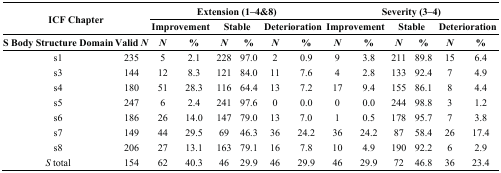
| <ROWSPAN=2-COLSPAN=2> ICF Chapter | <COLSPAN=6> Extension (1–4&8) | <COLSPAN=6> Severity (3–4) |
 | <COLSPAN=2> Improvement | <COLSPAN=2> Stable | <COLSPAN=2> Deterioration | <COLSPAN=2> Improvement | <COLSPAN=2> Stable | <COLSPAN=2> Deterioration |
 | S Body Structure Domain | Valid N | N | % | N | % | N | % | N | % | N | % | N | % |
 | --- | --- | --- | --- | --- | --- | --- | --- | --- | --- | --- | --- | --- | --- |
 | s1 | 235 | 5 | 2.1 | 228 | 97.0 | 2 | 0.9 | 9 | 3.8 | 211 | 89.8 | 15 | 6.4 |
 | s3 | 144 | 12 | 8.3 | 121 | 84.0 | 11 | 7.6 | 4 | 2.8 | 133 | 92.4 | 7 | 4.9 |
 | s4 | 180 | 51 | 28.3 | 116 | 64.4 | 13 | 7.2 | 17 | 9.4 | 155 | 86.1 | 8 | 4.4 |
 | s5 | 247 | 6 | 2.4 | 241 | 97.6 | 0 | 0.0 | 0 | 0.0 | 244 | 98.8 | 3 | 1.2 |
 | s6 | 186 | 26 | 14.0 | 147 | 79.0 | 13 | 7.0 | 1 | 0.5 | 178 | 95.7 | 7 | 3.8 |
 | s7 | 149 | 44 | 29.5 | 69 | 46.3 | 36 | 24.2 | 36 | 24.2 | 87 | 58.4 | 26 | 17.4 |
 | s8 | 206 | 27 | 13.1 | 163 | 79.1 | 16 | 7.8 | 10 | 4.9 | 190 | 92.2 | 6 | 2.9 |
 | S total | 154 | 62 | 40.3 | 46 | 29.9 | 46 | 29.9 | 46 | 29.9 | 72 | 46.8 | 36 | 23.4 |